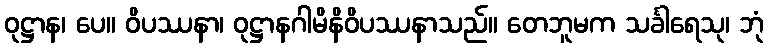
ဝုဋ္ဌာန၊ ပေ။ ဝိပဿနာ၊ ဝုဋ္ဌာနဂါမိနိဝိပဿနာသည်။ တေဘူမက သင်္ခါရေသု၊ ဘုံ